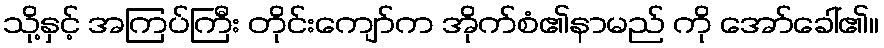
သို့နှင့် အကြပ်ကြီး တိုင်းကျော်က အိုက်စံ၏နာမည် ကို အော်ခေါ်၏။